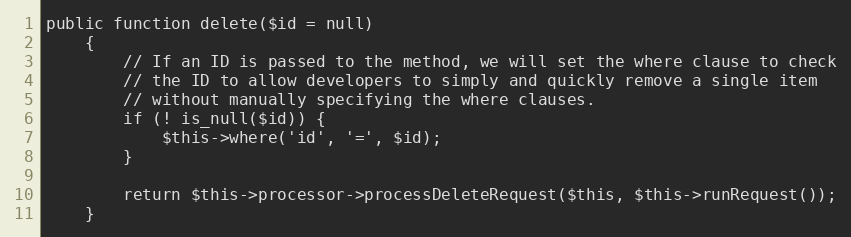
Language: PHP
public function delete($id = null)
    {
        // If an ID is passed to the method, we will set the where clause to check
        // the ID to allow developers to simply and quickly remove a single item
        // without manually specifying the where clauses.
        if (! is_null($id)) {
            $this->where('id', '=', $id);
        }

        return $this->processor->processDeleteRequest($this, $this->runRequest());
    }